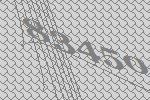
83450